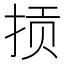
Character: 𫼱